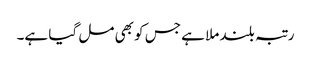
رتبہ بلند ملا ہے جس کو بھی مل گیا ہے۔